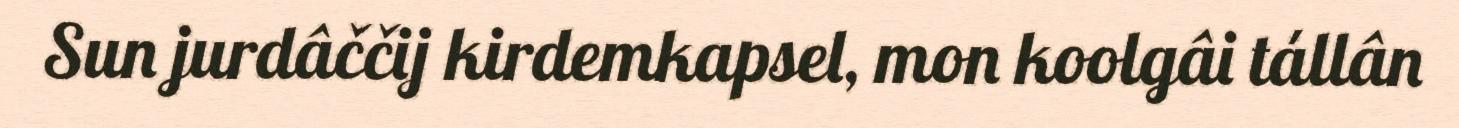
Sun jurdâččij kirdemkapsel, mon koolgâi tállân